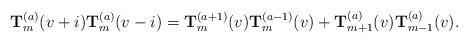
LaTeX: \begin{align*}{\mathbf T}^{(a)}_m(v+i){\mathbf T}^{(a)}_m(v-i)={\mathbf T}^{(a+1)}_m(v) {\mathbf T}^{(a-1)}_m(v) +{\mathbf T}^{(a)}_{m+1}(v) {\mathbf T}^{(a)}_{m-1}(v).\end{align*}